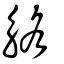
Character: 觡